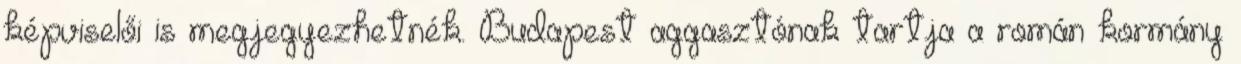
képviselői is megjegyezhetnék. Budapest aggasztónak tartja a román kormány